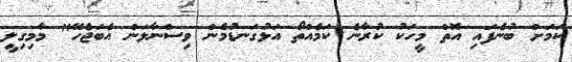
ކަމަށް ބުނެފައި އޮތް މީހަކު ކުރާނެ ކަމެއްތޯ އަޅުގަނޑުމެން ވިސްނާލަން އެބަޖެހޭ" މާމިގިލީ